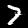
Digit: 7